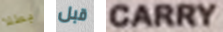
بطلا قبل CARRY